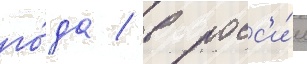
го́да / в росс'и́и